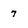
Character: 7